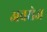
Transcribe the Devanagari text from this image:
अवरोज